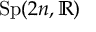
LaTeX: { \mathrm { S p } } ( 2 n , \mathbb { R } )